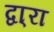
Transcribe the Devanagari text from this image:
द्वा्रा